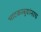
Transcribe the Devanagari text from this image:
भाटकरबुवांनाच